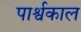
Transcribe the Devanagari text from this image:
पार्श्वकाल